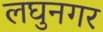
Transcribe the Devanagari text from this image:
लघुनगर